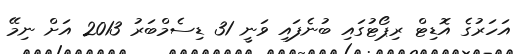
އަހަރުގެ އޮޑިޓް ރިޕޯޓުގައި ބުނެފައި ވަނީ 31 ޑިސެމްބަރު 2013 އަށް ނިމޭ